Indian journal of veterinary science and animal husbandry - Volumes 24-25, 1954-1955
Year: 1954
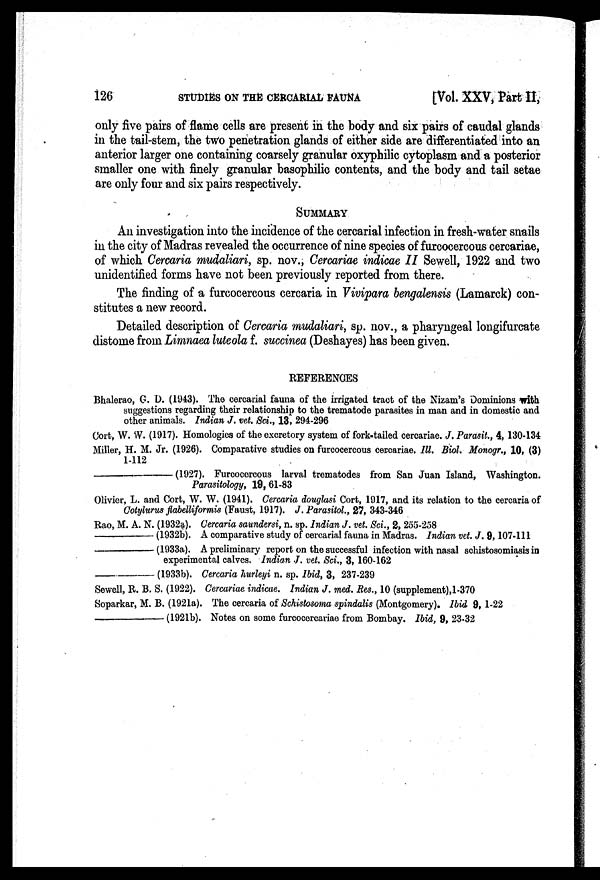
126
STUDIES ON THE CERCARIAL FAUNA
[Vol. XXV, Part II,
only five pairs of flame cells are present in the body and six pairs of caudal glands
in the tail-stem, the two penetration glands of either side are differentiated into an
anterior larger one containing coarsely granular oxyphilic cytoplasm and a posterior
smaller one with finely granular basophilic contents, and the body and tail setae
are only four and six pairs respectively.
SUMMARY
An investigation into the incidence of the cercarial infection in fresh-water snails
in the city of Madras revealed the occurrence of nine species of furcocercous cercariae,
of which Cercaria mudaliari, sp. nov., Cercariae indicae II Sewell, 1922 and two
unidentified forms have not been previously reported from there.
The finding of a furcocercous cercaria in Vivipara bengalensis (Lamarck) con-
stitutes a new record.
Detailed description of Cercaria mudaliari, sp. nov., a pharyngeal longifurcate
distome from Limnaea luteola f. succinea (Deshayes) has been given.
REFERENCES
Bhalerao, G. D. (1943). The cercarial fauna of the irrigated tract of the Nizam's Dominions with
suggestions regarding their relationship to the trematode parasites in man and in domestic and
other animals. Indian J. vet. Sci., 13, 294-296
Cort, W. W. (1917). Homologies of the excretory system of fork-tailed cercariae. J. Parasit., 4, 130-134
Miller, H. M. Jr. (1926). Comparative studies on furcocercous cercariae. Ill. Biol. Monogr., 10, (3)
1-112
————(1927).
Furcocercous larval trematodes from San Juan Island, Washington.
Parasitology, 19, 61-83
Olivier, L. and Cort, W. W. (1941). Cercaria douglasi Cort, 1917, and its relation to the cercaria of
Cotylurus flabelliformis (Faust, 1917). J. Parasitol., 27, 343-346
Rao, M. A. N. (1932a). Cercaria saundersi, n. sp. Indian J. vet. Sci., 2, 255-258
————(1932b).
A comparative study of cercarial fauna in Madras. Indian vet. J. 9, 107-111
————(1933a).
A preliminary report on the successful infection with nasal schistosomiasis in
experimental calves. Indian J. vet. Sci., 3, 160-162
————(1933b).
Cercaria hurleyi n. sp. Ibid, 3, 237-239
Sewell, R. B. S. (1922). Cercariae indicae. Indian J. med. Res., 10 (supplement),1-370
Soparkar, M. B. (1921a). The cercaria of Schistosoma spindalis (Montgomery). Ibid 9, 1-22
————(1921b).
Notes on some furcocercariae from Bombay. Ibid, 9, 23-32